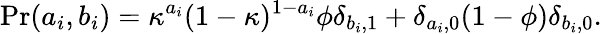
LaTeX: \mathrm{Pr}(a_{i},b_{i})=\kappa^{a_{i}}(1-\kappa)^{1-a_{i}}\phi\delta_{b_{i},1}+\delta_{a_{i},0}(1-\phi)\delta_{b_{i},0}.